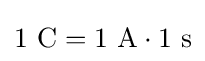
1~{\text{C}}=1~{\text{A}}\cdot 1~{\text{s}}